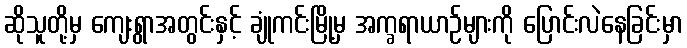
ဆိုသူတို့မှ ကျေးရွာအတွင်းနှင့် ချုံကင်းမြို့မှ အက္ခရာယာဉ်များကို ပြောင်းလဲနေခြင်းမှာ